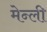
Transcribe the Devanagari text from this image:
मेन्ली